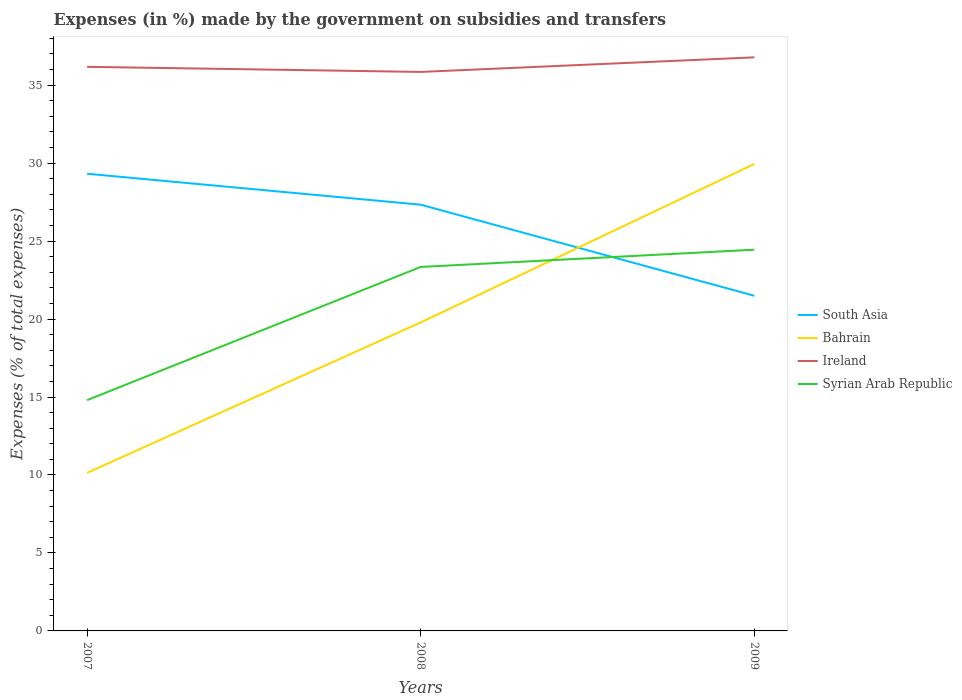
| Years | South Asia | Bahrain | Ireland | Syrian Arab Republic |
 | --- | --- | --- | --- | --- |
 | 2007 | 29.3 | 10.1 | 36.2 | 14.8 |
 | 2008 | 27.3 | 19.8 | 35.8 | 23.3 |
 | 2009 | 21.5 | 29.9 | 36.8 | 24.4 |